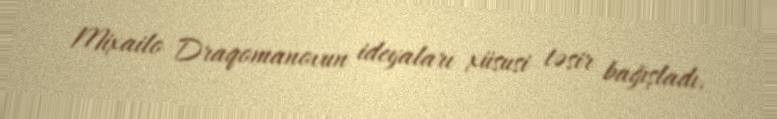
Mixailo Draqomanovun ideyaları xüsusi təsir bağışladı.